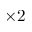
\times 2